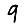
Digit: 9